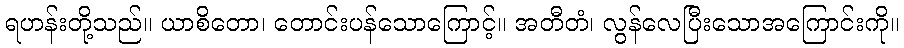
ရဟန်းတို့သည်။ ယာစိတော၊ တောင်းပန်သောကြောင့်။ အတီတံ၊ လွန်လေပြီးသောအကြောင်းကို။